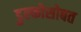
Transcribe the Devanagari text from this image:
डुल्कोसोबत